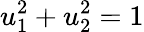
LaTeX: u_{1}^{2}+u_{2}^{2}=1